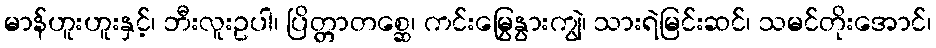
မာန်ဟူးဟူးနှင့်၊ ဘီးလူးဥပါ၊ ပြိတ္တာတစ္ဆေ၊ ကင်းမြွေနွားကျွဲ၊ သားရဲမြင်းဆင်၊ သမင်တိုးအောင်၊